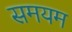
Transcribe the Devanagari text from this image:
समयम